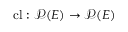
\operatorname { c l } : { \mathcal { P } } ( E ) \to { \mathcal { P } } ( E )